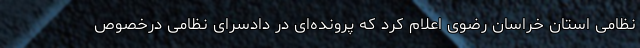
نظامی استان خراسان رضوی اعلام کرد که پرونده‌ای در دادسرای نظامی درخصوص